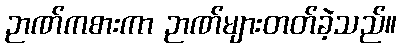
ဉာဏ်ကစားကာ ဉာဏ်များတတ်ခဲ့သည်။